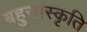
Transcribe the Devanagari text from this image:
बहुसांस्कृति